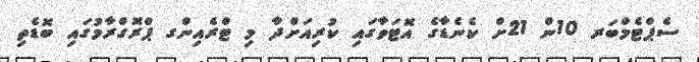
ސެޕްޓެމްބަރ 10ން 21ށް ކެނެޑާގެ އޮޓަވާގައި ކުރިއަށްދާ މި ޓްރެއިންގ ޕްރޮގްރާމުގައި ބޮޑެތި